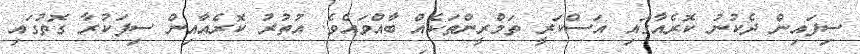
ސިފައިން ދެކުނު ކޮރެއާގައި އަސްކަރީ ތަމްރީންތަކެއް ބާއްވައެވެ. އުތުރު ކޮރެއާއިން ސިފަކުރާ ގޮތުގައި